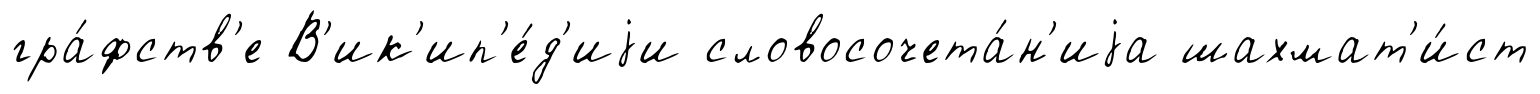
гра́фств'е В'ик'ип'е́д'иjи словосочета́н'иjа шахмат'и́ст